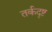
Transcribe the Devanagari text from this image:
तर्कदृष्ट